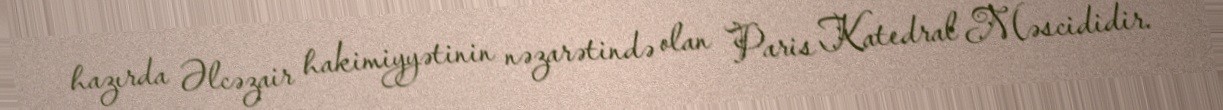
hazırda Əlcəzair hakimiyyətinin nəzarətində olan Paris Katedral Məscididir.